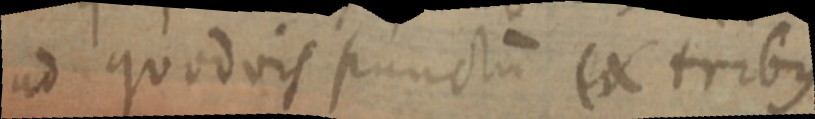
ad quodvis punctum ex tribus